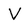
Character: V